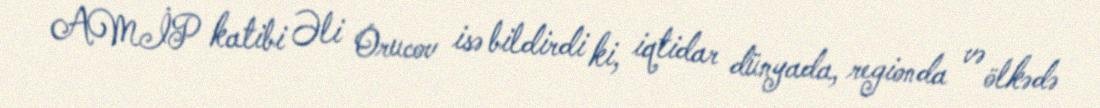
AMİP katibi Əli Orucov isə bildirdi ki, iqtidar dünyada, regionda və ölkədə